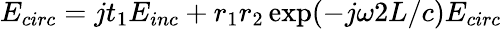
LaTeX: E_{circ}=jt_{1}E_{inc}+r_{1}r_{2}\exp(-j\omega 2L/c)E_{circ}